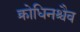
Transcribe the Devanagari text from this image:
क्रोधिनश्चैव